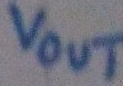
Text: Vout